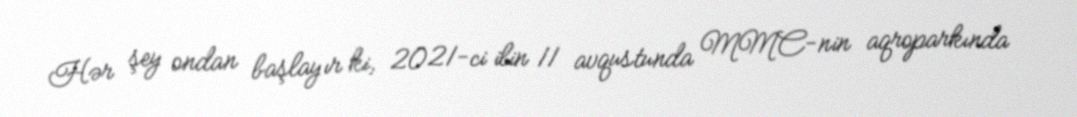
Hər şey ondan başlayır ki, 2021-ci ilin 11 avqustunda MMC-nin aqroparkında